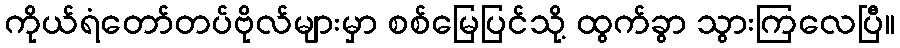
ကိုယ်ရံတော်တပ်ဗိုလ်များမှာ စစ်မြေပြင်သို့ ထွက်ခွာ သွားကြလေပြီ။